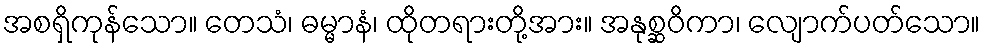
အစရှိကုန်သော။ တေသံ၊ ဓမ္မာနံ၊ ထိုတရားတို့အား။ အနုစ္ဆဝိကာ၊ လျောက်ပတ်သော။